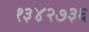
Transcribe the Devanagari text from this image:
१३४२७३६